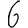
Digit: 6